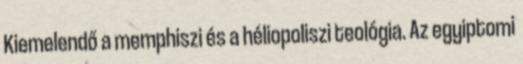
Kiemelendő a memphiszi és a héliopoliszi teológia. Az egyiptomi